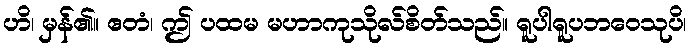
ဟိ၊ မှန်၏။ ဧတံ၊ ဤ ပထမ မဟာကုသိုလ်စိတ်သည်။ ရူပါရူပဘဝေသုပိ၊